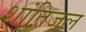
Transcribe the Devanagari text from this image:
शांतिजल